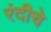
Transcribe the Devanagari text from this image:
रंदीचे